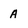
Character: A